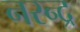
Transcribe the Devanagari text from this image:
नरन्द्र